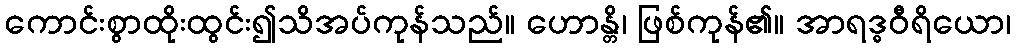
ကောင်းစွာထိုးထွင်း၍သိအပ်ကုန်သည်။ ဟောန္တိ၊ ဖြစ်ကုန်၏။ အာရဒ္ဓဝီရိယော၊